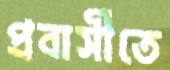
প্রবাসীতে